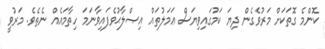
ކޮންމެ ގޮތަކަށް މަރުވެގެން ދިޔަ ކަމުގައިވިޔަސް ޢަމަލުތައް އިޞްލާޙުވެފައިވާނަމަ ހިތާމައެއް ނެތެވެ. މަރުވީ